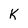
Character: K